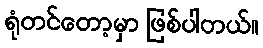
ရုံတင်တော့မှာ ဖြစ်ပါတယ်။